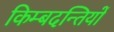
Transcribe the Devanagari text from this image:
किम्बदन्तियों